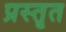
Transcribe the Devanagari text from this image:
प्रस्तृत